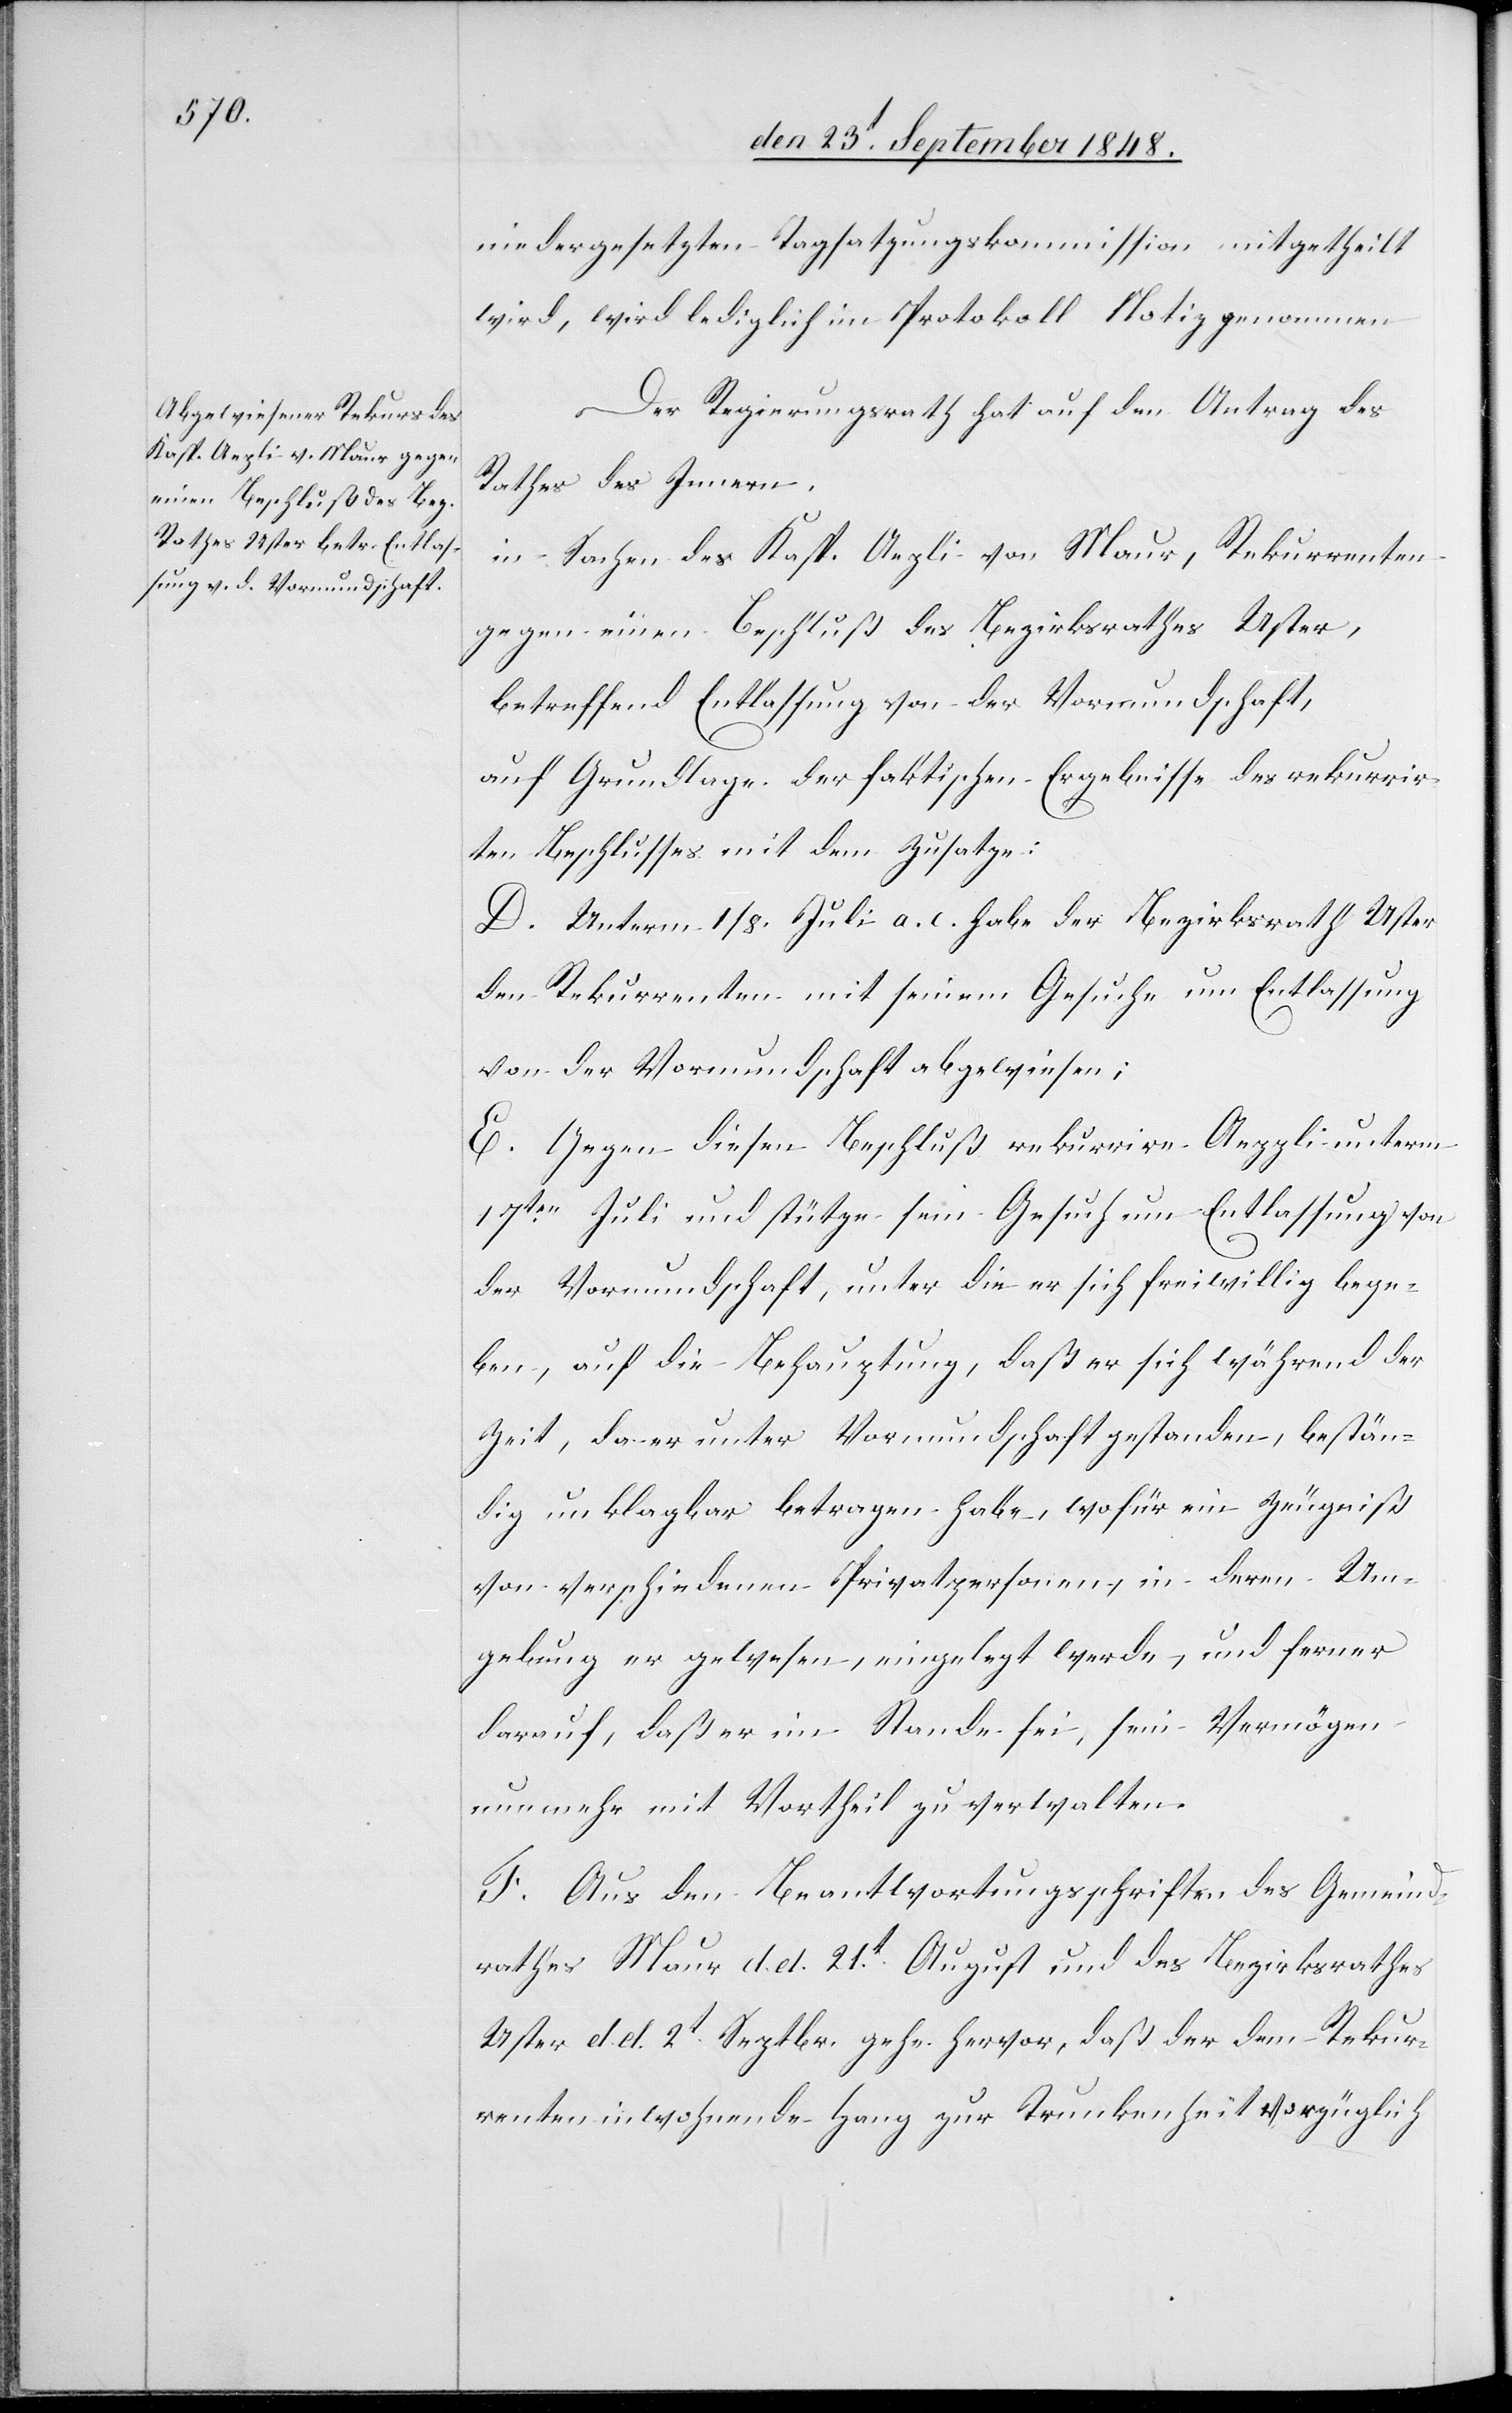
niedergesetzten Tagsatzungskommission mitgetheilt
wird, wird lediglich im Protokoll Notiz genommen.
Der Regierungsrath hat auf den Antrag des
Rathes des Innern
in Sachen des Kasp. Aepli von Maur, Rekurrenten
gegen einen Beschluß des Bezirksrathes Uster,
betreffend Entlassung von der Vormundschaft,
auf Grundlage der faktischen Ergebnisse des rekurrir¬
ten Beschlusses mit dem Zusatze:
D. Unterm 1/8. Juli a. c. habe der Bezirksrath Uster
den Rekurrenten mit seinem Gesuche um Entlassung
von der Vormundschaft abgewiesen;
E. Gegen diesen Beschluß rekurrire Aeppli unterm
17ten Juli und stütze sein Gesuch um Entlassung von
der Vormundschaft, unter die er sich freiwillig bege¬
ben, auf die Behauptung, daß er sich während der
Zeit, da er unter Vormundschaft gestanden, bestän¬
dig unklagbar betragen habe, wofür ein Zeugniß
von verschiedenen Privatpersonen, in deren Um¬
gebung er gewesen, eingelegt werde, und ferner
darauf, daß er im Stande sei, sein Vermögen
nunmehr mit Vortheil zu verwalten.
F. Aus den Beantwortungsschriften des Gemeind¬
rathes Maur d. d. 21t August und des Bezirksrathes
Uster d. d. 2t Septbr. gehe hervor, daß der dem Rekur¬
renten inwohnende Hang zur Trunkenheit vorzüglich